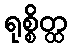
ရုစ္စိတ္ထ